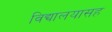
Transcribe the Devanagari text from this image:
विद्यालयासह